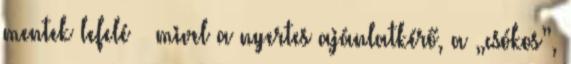
mentek lefelé – mivel a nyertes ajánlatkérő, a „csókos”,